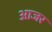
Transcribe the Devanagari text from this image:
आजर